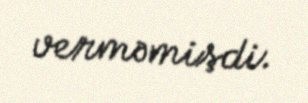
verməmişdi.